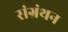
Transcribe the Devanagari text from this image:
संग्रंथन